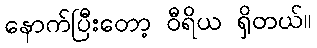
နောက်ပြီးတော့ ဝီရိယ ရှိတယ်။